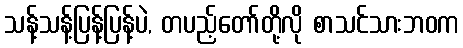
သန့်သန့်ပြန့်ပြန့်ပဲ, တပည့်တော်တို့လို စာသင်သားဘဝက